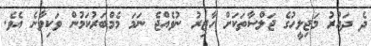
ދެ ދައުރު މަޖިލީހުގެ ޖަލްސާތަކަށް ހާޒިރު ނުވެއްޖެ ނަމަ މެމްބަރުކަމުން ވަކިވާނެ އެވެ.